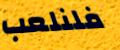
فلنلعب